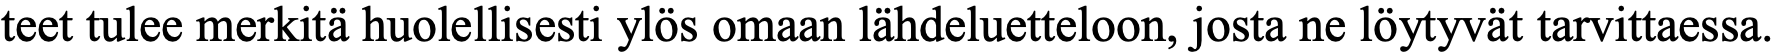
teet tulee merkitä huolellisesti ylös omaan lähdeluetteloon, josta ne löytyvät tarvittaessa.